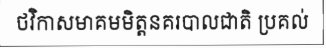
ថវិកាសមាគមមិត្តនគរបាលជាតិ ប្រគល់